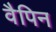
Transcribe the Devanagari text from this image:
वैपिन